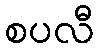
စပလီ